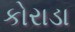
કોરાડા